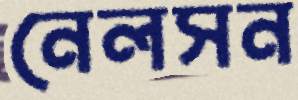
নেলসন